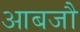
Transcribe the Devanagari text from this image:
आबजौ